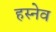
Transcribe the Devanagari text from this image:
हस्नेव